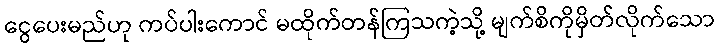
ငွေပေးမည်ဟု ကပ်ပါးကောင် မထိုက်တန်ကြသကဲ့သို့ မျက်စိကိုမှိတ်လိုက်သော